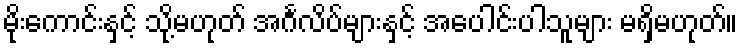
မိုးကောင်းနှင့် သို့မဟုတ် အင်္ဂလိပ်များနှင့် အပေါင်းပါသူများ မရှိမဟုတ်။